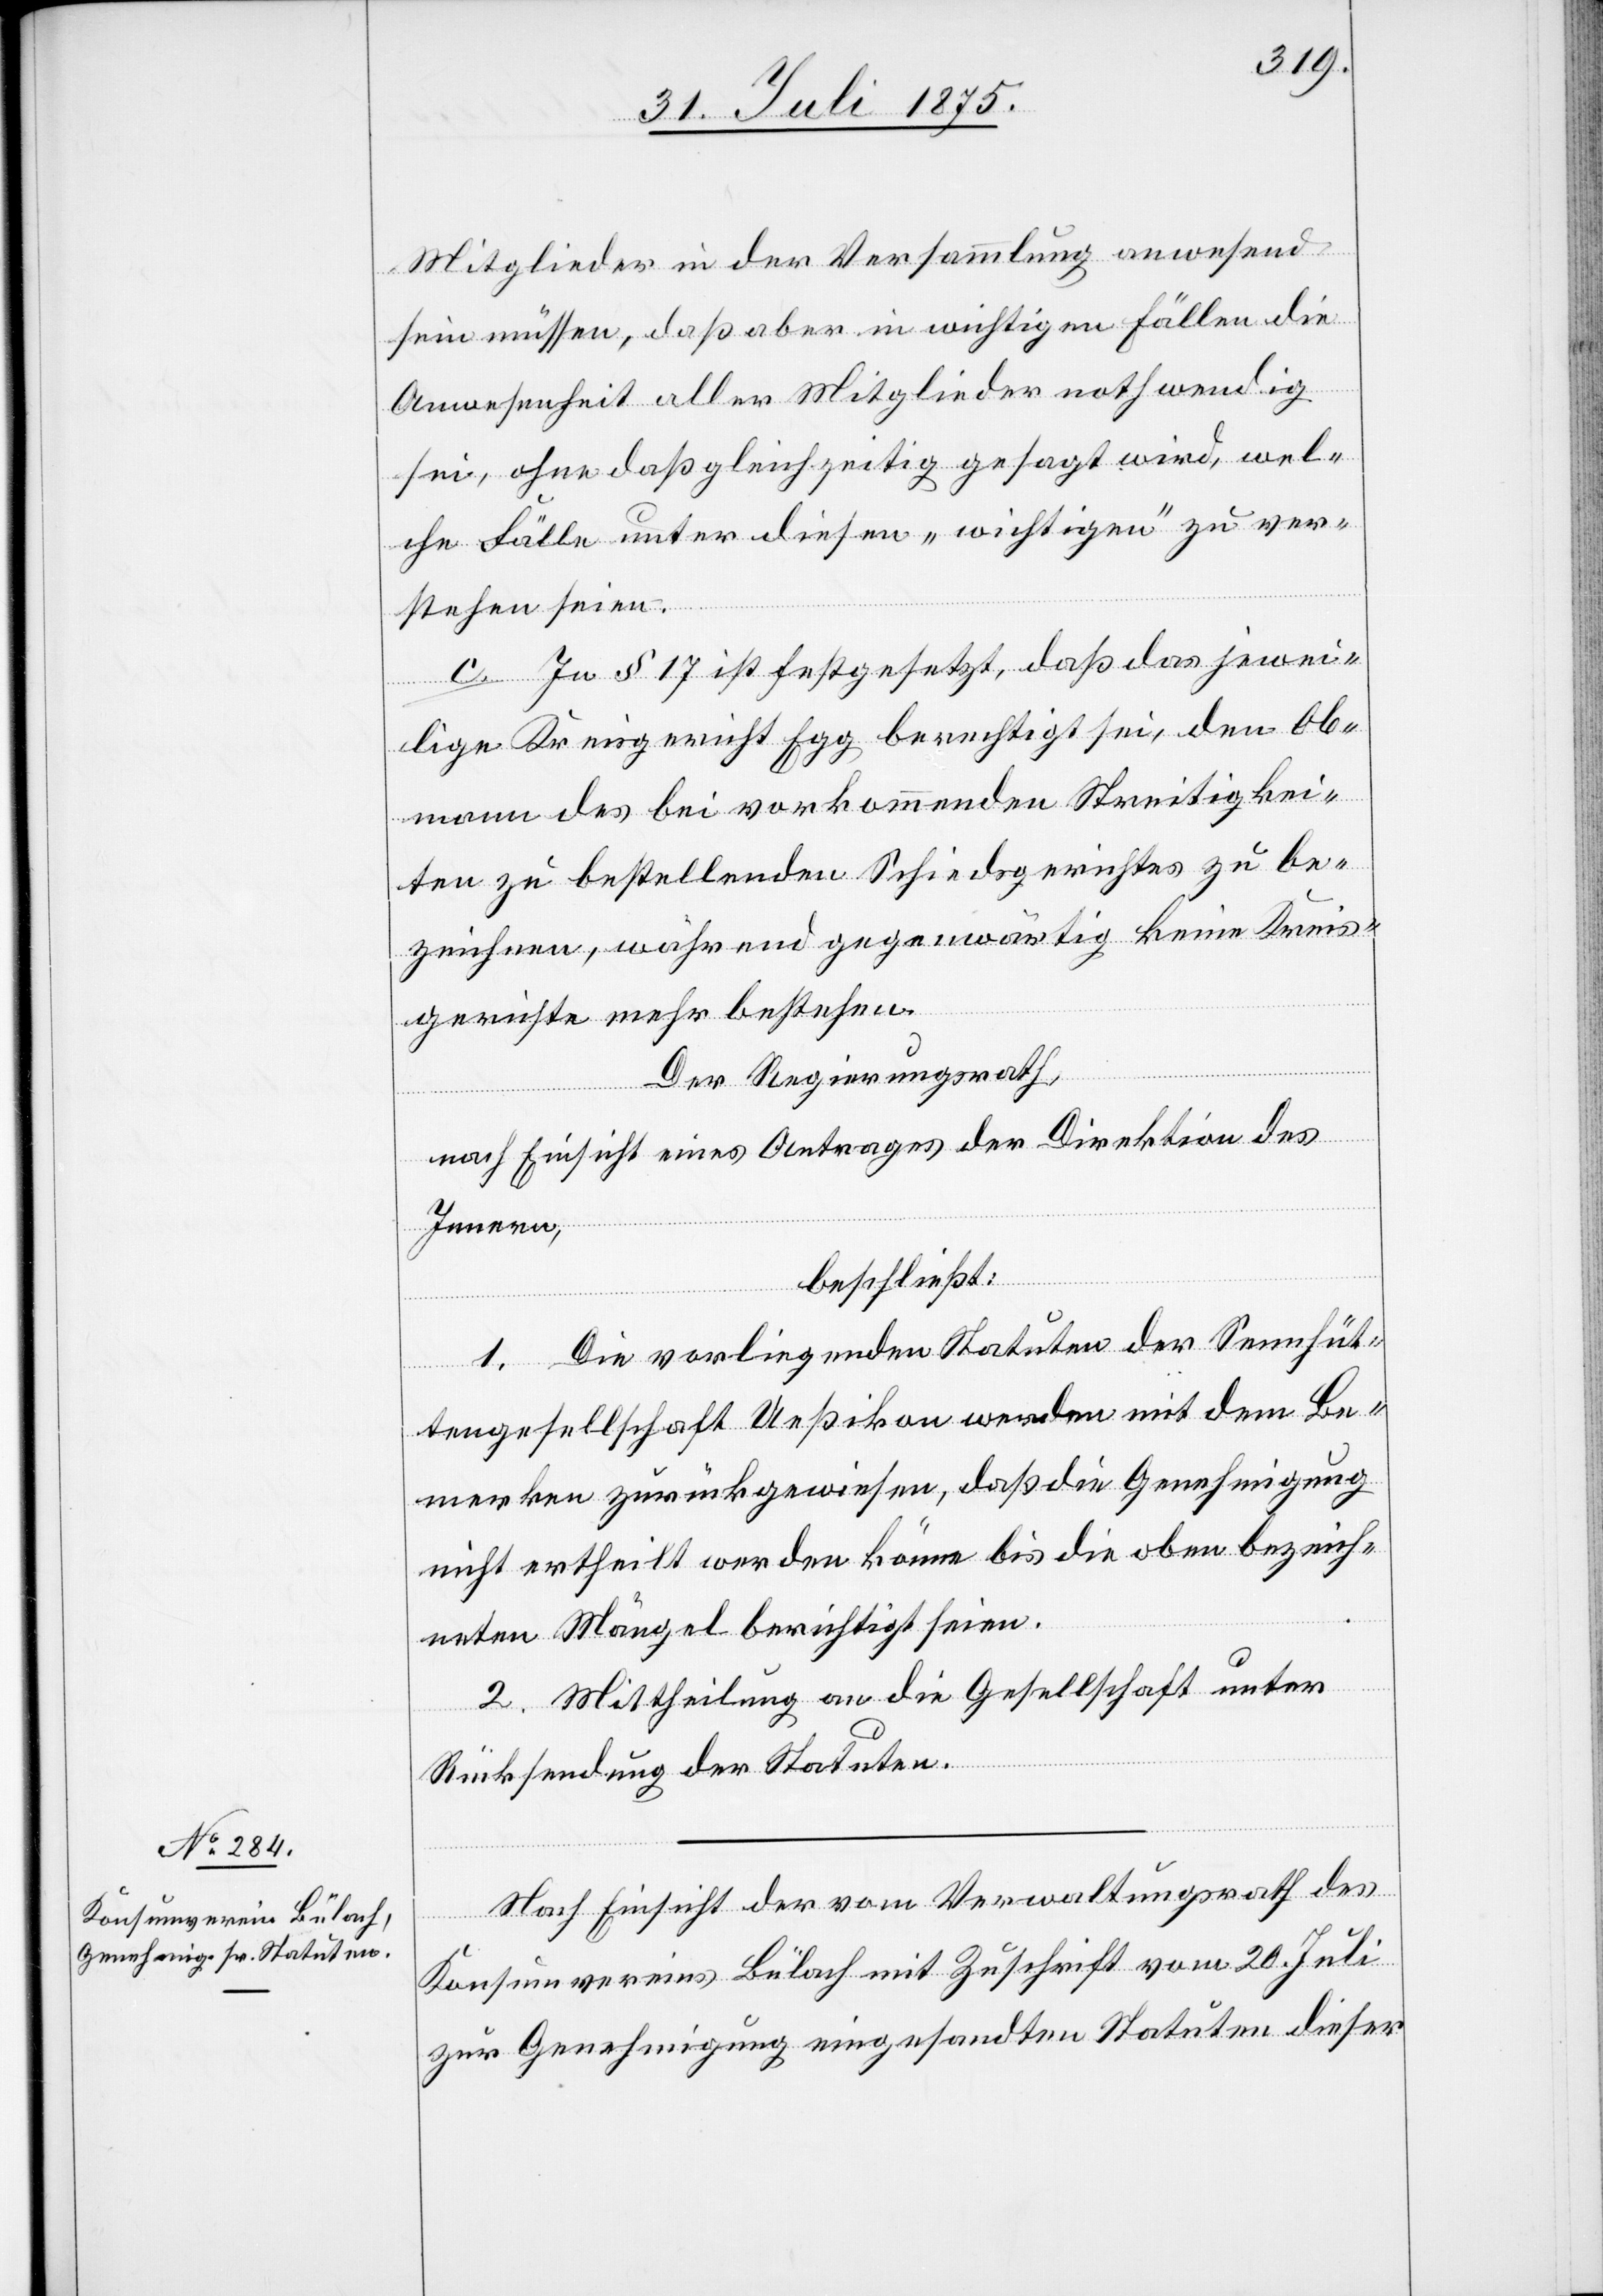
Mitglieder in der Versammlung anwesend
sein müssen, daß aber in wichtigen Fällen die
Anwesenheit aller Mitglieder nothwendig
sei, ohne daß gleichzeitig gesagt wird, wel¬
che Fälle unter diesen „wichtigen“ zu ver¬
stehen seien.
c. In § 17 ist festgesetzt, daß das jewei¬
lige Kreisgericht Egg berechtigt sei, den Ob¬
mann des bei vorkommenden Streitigkei¬
ten zu bestellenden Schiedsgerichtes zu be¬
zeichnen, während gegenwärtig keine Kreis¬
gerichte mehr bestehen.
Der Regierungsrath,
nach Einsicht eines Antrages der Direktion des
Innern,
beschließt:
1. Den vorliegenden Statuten der Sennhüt¬
tengesellschaft Ueßikon werden mit dem Be¬
merken zurückgewiesen, daß die Genehmigung
nicht ertheilt werden könne bis die oben bezeich¬
neten Mängel berichtigt seien.
2. Mittheilung an die Gesellschaft unter
Rücksendung der Statuten.
Nach Einsicht der vom Verwaltungsrath des
Konsumvereins Bülach mit Zuschrift vom 20. Juli
zur Genehmigung eingesandten Statuten dieser